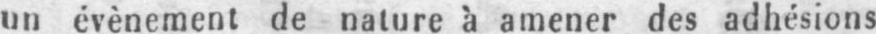
un événement de nature à amener des adhésions